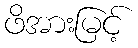
ဖိအားမြင့်